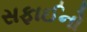
સફાઈનો